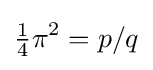
{\tfrac {1}{4}}\pi ^{2}=p/q